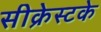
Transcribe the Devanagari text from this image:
सीक्रेस्टके